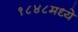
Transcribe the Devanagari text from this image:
१८४८मध्ये